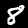
Label: 8